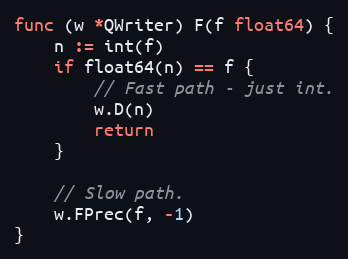
Language: Go
func (w *QWriter) F(f float64) {
	n := int(f)
	if float64(n) == f {
		// Fast path - just int.
		w.D(n)
		return
	}

	// Slow path.
	w.FPrec(f, -1)
}